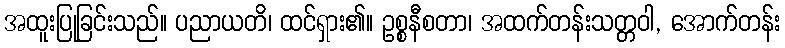
အထူးပြုခြင်းသည်။ ပညာယတိ၊ ထင်ရှား၏။ ဥစ္စနီစတာ၊ အထက်တန်းသတ္တဝါ, အောက်တန်း